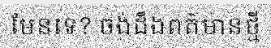
មែនទេ? ចង់ដឹងពត៌មានថ្មី